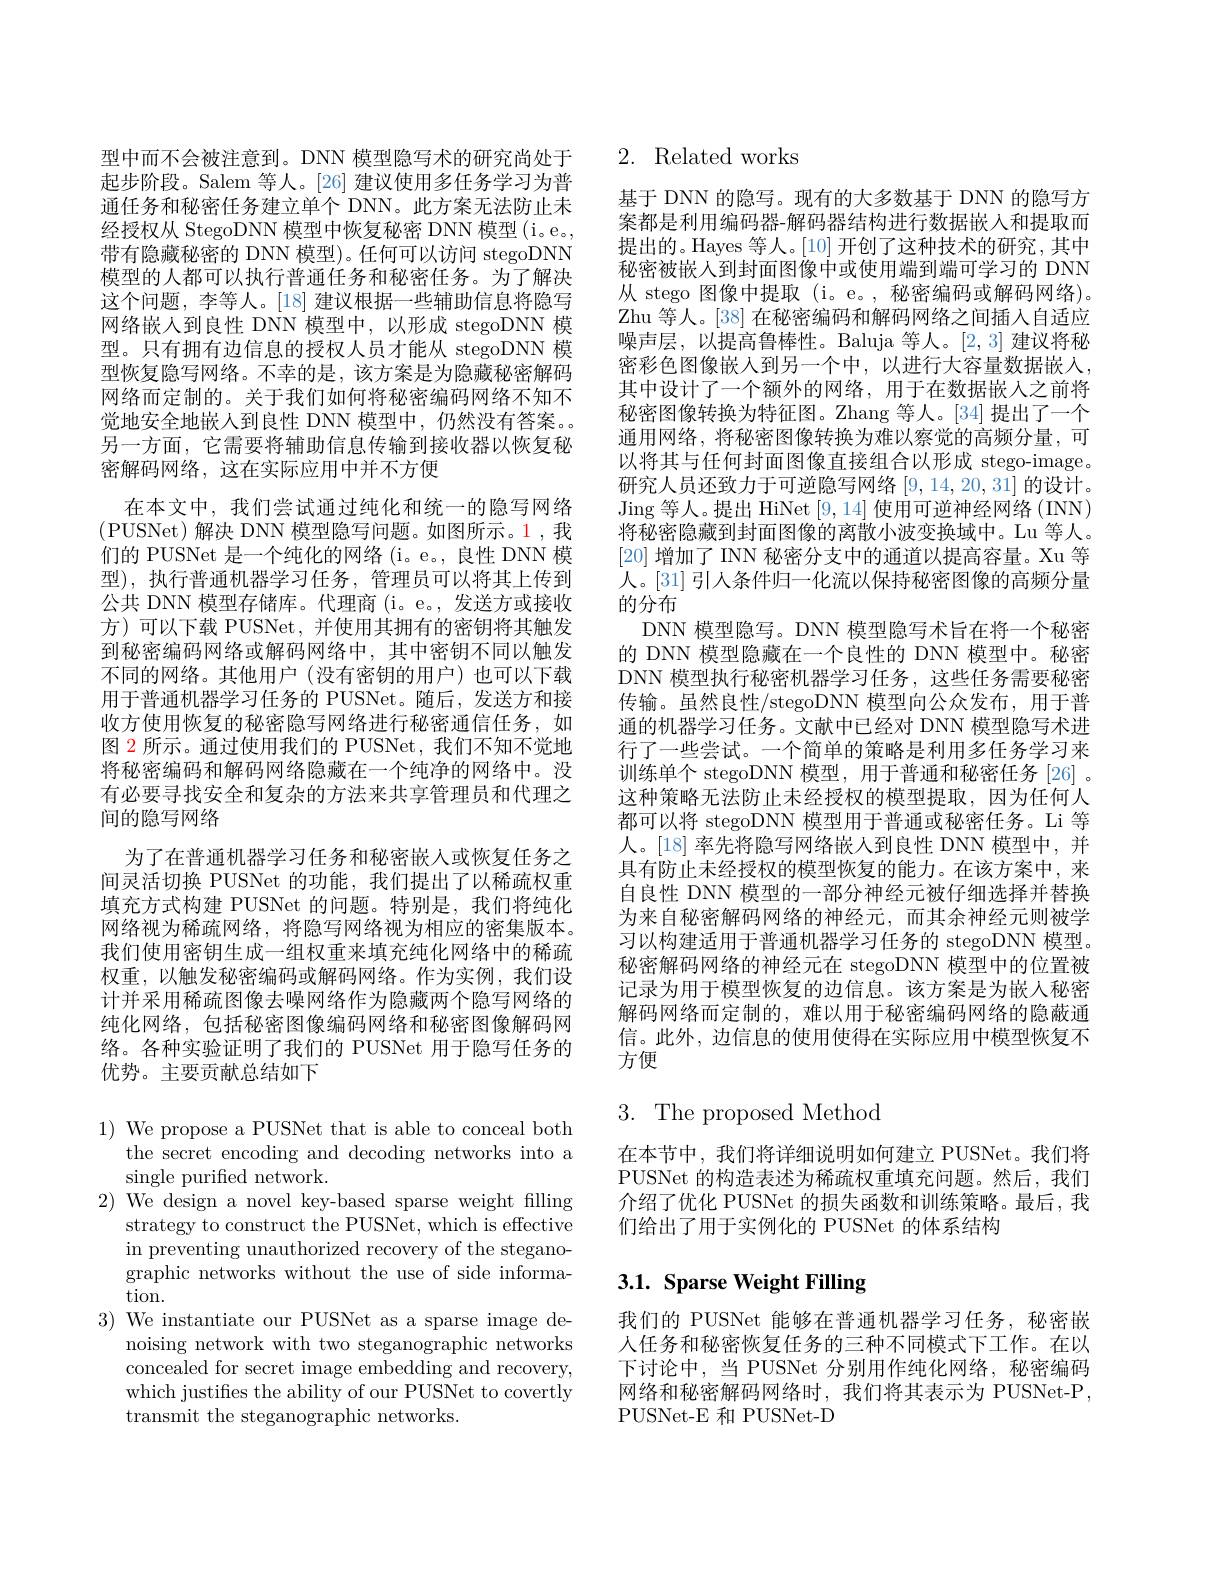
型中而不会被注意到。DNN 模型隐写术的研究尚处于起步阶段。Salem 等人。[26] 建议使用多任务学习为普通任务和秘密任务建立单个 DNN。此方案无法防止未经授权从 StegoDNN 模型中恢复秘密 DNN 模型(i。e, 带有隐藏秘密的 DNN 模型)。任何可以访问 stegoDNN 模型的人都可以执行普通任务和秘密任务。为了解决这个问题，李等人。[18] 建议根据一些辅助信息将隐写网络嵌人到良性 DNN 模型中，以形成 stegoDNN 模型。只有拥有边信息的授权人员才能从 stegoDNN 模型恢复隐写网络。不幸的是，该方案是为隐藏秘密解码网络而定制的。关于我们如何将秘密编码网络不知不觉地安全地嵌人到良性 DNN 模型中，仍然没有答案。另一方面，它需要将辅助信息传输到接收器以恢复秘密解码网络，这在实际应用中并不方便
在本文中，我们尝试通过纯化和统一的隐写网络(PUSNet)解决 DNN 模型隐写问题。如图所示。1,我们的 PUSNet 是一个纯化的网络 (i。e。, 良性 DNN 模型),执行普通机器学习任务，管理员可以将其上传到公共 DNN 模型存储库。代理商 (i。e。,发送方或接收方)可以下载 PUSNet,并使用其拥有的密钥将其触发到秘密编码网络或解码网络中，其中密钥不同以触发不同的网络。其他用户(没有密钥的用户)也可以下载用于普通机器学习任务的 PUSNet。随后，发送方和接收方使用恢复的秘密隐写网络进行秘密通信任务，如图 2 所示。通过使用我们的 PUSNet, 我们不知不觉地将秘密编码和解码网络隐藏在一个纯净的网络中。没有必要寻找安全和复杂的方法来共享管理员和代理之间的隐写网络
为了在普通机器学习任务和秘密嵌入或恢复任务之间灵活切换 PUSNet 的功能，我们提出了以稀疏权重填充方式构建 PUSNet 的问题。特别是，我们将纯化网络视为稀疏网络，将隐写网络视为相应的密集版本。我们使用密钥生成一组权重来填充纯化网络中的稀疏权重，以触发秘密编码或解码网络。作为实例，我们设计并采用稀疏图像去噪网络作为隐藏两个隐写网络的纯化网络，包括秘密图像编码网络和秘密图像解码网络。各种实验证明了我们的 PUSNet 用于隐写任务的优势。主要贡献总结如下

$1){\text{ We propose a PUSNet that is able to conceal both}}$
the secret encoding and decoding networks into a
single purified network.
2) We design a novel key-based sparse weight filling
strategy to construct the PUSNet, which is effective in preventing unauthorized recovery of the steganographic networks without the use of side information.
3) We instantiate our PUSNet as a sparse image de-
noising network with two steganographic networks concealed for secret image embedding and recovery, which justifies the ability of our PUSNet to covertly transmit the steganographic networks

## 2. Related works

基于 DNN 的隐写。现有的大多数基于 DNN 的隐写方案都是利用编码器-解码器结构进行数据嵌入和提取而提出的。Hayes 等人。[10]开创了这种技术的研究，其中秘密被嵌人到封面图像中或使用端到端可学习的 DNN 从 stego 图像中提取(i。e。, 秘密编码或解码网络)。Zhu 等人。[38] 在秘密编码和解码网络之间插入自适应噪声层，以提高鲁棒性。Baluja 等人。[2,3] 建议将秘密彩色图像嵌人到另一个中，以进行大容量数据嵌入， 其中设计了一个额外的网络，用于在数据嵌人之前将秘密图像转换为特征图。Zhang 等人。[34] 提出了一个通用网络，将秘密图像转换为难以察觉的高频分量，可以将其与任何封面图像直接组合以形成 stego-image. 研究人员还致力于可逆隐写网络[9,14,20,31]的设计。Jing 等人。提出 HiNet [9,14]使用可逆神经网络 (INN) 将秘密隐藏到封面图像的离散小波变换域中。Lu 等人。[20]增加了 INN 秘密分支中的通道以提高容量。Xu 等人。[31] 引人条件归一化流以保持秘密图像的高频分量的分布
DNN 模型隐写。DNN 模型隐写术旨在将一个秘密的 DNN 模型隐藏在一个良性的 DNN 模型中。秘密DNN 模型执行秘密机器学习任务，这些任务需要秘密传输。虽然良性/stegoDNN 模型向公众发布，用于普通的机器学习任务。文献中已经对 DNN 模型隐写术进行了一些尝试。一个简单的策略是利用多任务学习来训练单个 stegoDNN 模型，用于普通和秘密任务[26]。这种策略无法防止未经授权的模型提取，因为任何人都可以将 stegoDNN 模型用于普通或秘密任务。Li 等人。[18] 率先将隐写网络嵌入到良性 DNN 模型中，并具有防止未经授权的模型恢复的能力。在该方案中，来自良性 DNN 模型的一部分神经元被仔细选择并替换为来自秘密解码网络的神经元，而其余神经元则被学习以构建适用于普通机器学习任务的 stegoDNN 模型。秘密解码网络的神经元在 stegoDNN 模型中的位置被记录为用于模型恢复的边信息。该方案是为嵌人秘密解码网络而定制的，难以用于秘密编码网络的隐蔽通信。此外，边信息的使用使得在实际应用中模型恢复不方便

3. The proposed Method

在本节中，我们将详细说明如何建立 PUSNet。我们将PUSNet 的构造表述为稀疏权重填充问题。然后，我们介绍了优化 PUSNet 的损失函数和训练策略。最后，我们给出了用于实例化的 PUSNet 的体系结构

## $3. 1. \textbf{ Sparse Weight Filling}$

我们的 PUSNet 能够在普通机器学习任务，秘密嵌人任务和秘密恢复任务的三种不同模式下工作。在以下讨论中，当 PUSNet 分别用作纯化网络，秘密编码网络和秘密解码网络时，我们将其表示为 PUSNet-P, PUSNet-E 和 PUSNet-D